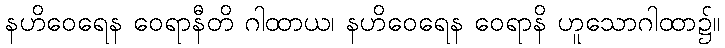
နဟိဝေရေန ဝေရာနီတိ ဂါထာယ၊ နဟိဝေရေန ဝေရာနိ ဟူသောဂါထာ၌။